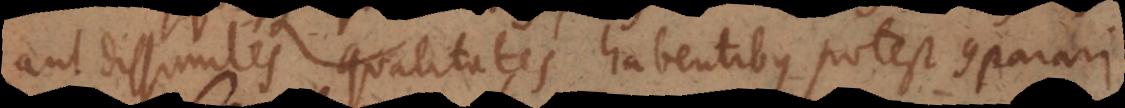
aut dissimiles qualitates habentibus potest comparari